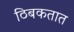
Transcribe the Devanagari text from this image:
ठिबकतात